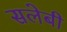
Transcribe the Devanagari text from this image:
सलेबी